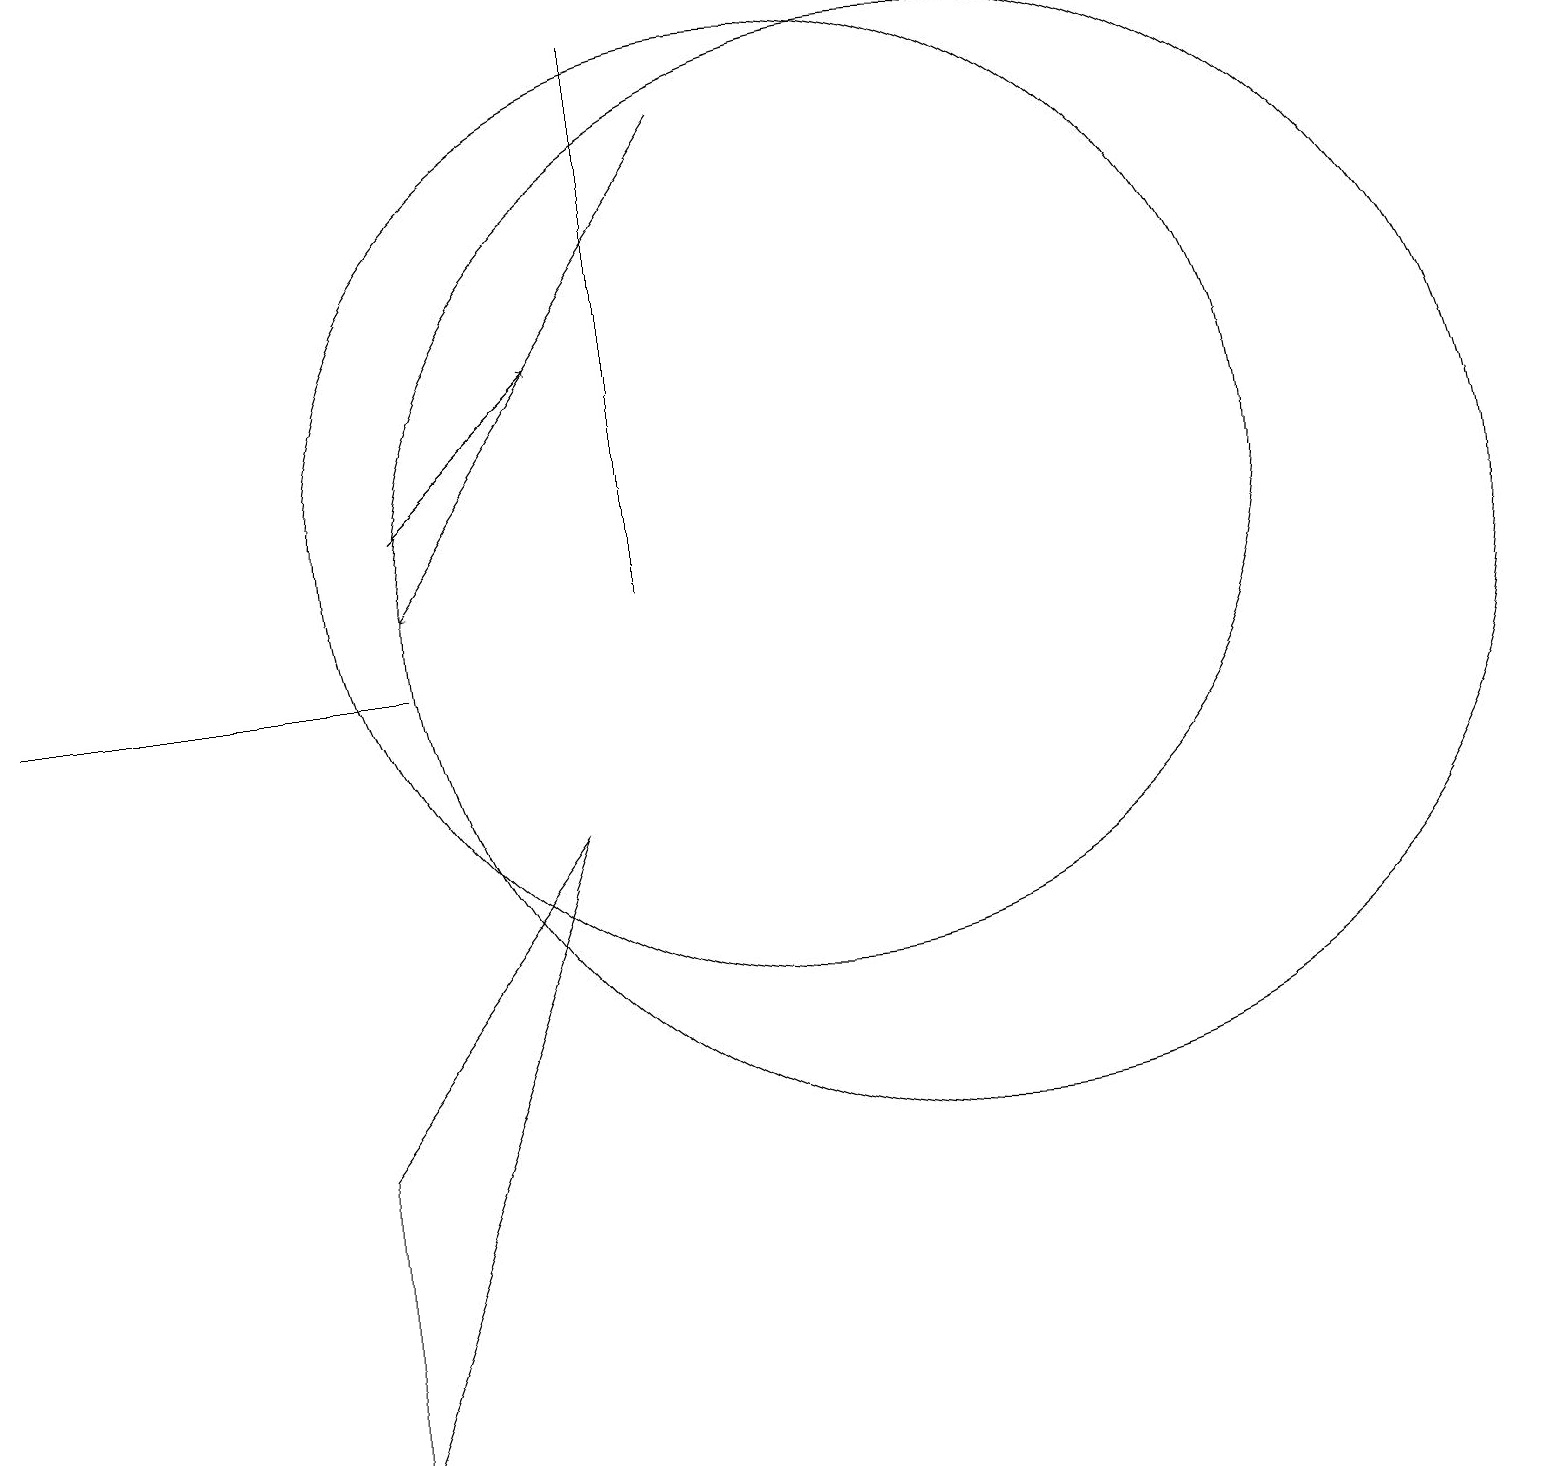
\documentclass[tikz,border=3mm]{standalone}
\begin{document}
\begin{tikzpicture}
\draw (10,12) circle (6);
\draw (4,0) -- (4,4) -- (7,8) -- cycle;
\draw[->] (9,17) -- (5,11);
\draw (11,11) circle (0);
\draw (5,10) rectangle (0,10);
\draw (12,11) circle (7);
\draw (8,11) rectangle (8,18);
\draw[->] (5,12) -- (7,14);
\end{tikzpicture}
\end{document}